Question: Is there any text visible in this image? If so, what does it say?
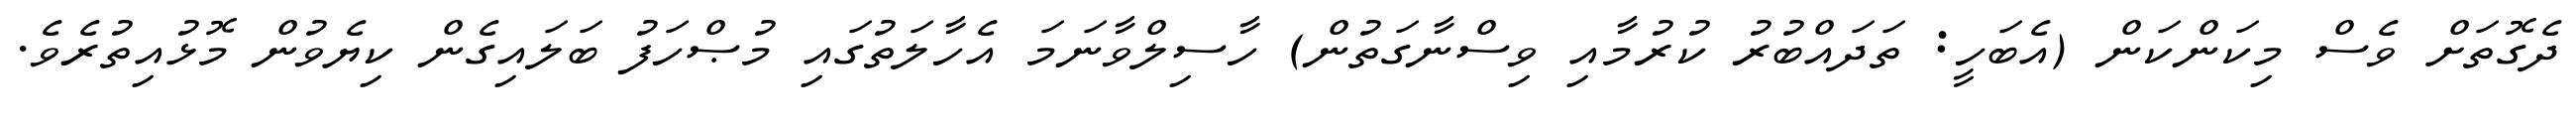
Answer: ދެގޮތަށް ވެސް މިކަންކަން (އެބަހީ: ތަދައްބުރު ކުރުމާއި ވިސްނާގަތުން) ހާސިލްވާނަމަ އެހާލަތުގައި މުޞްހަފު ބަލައިގެން ކިޔެވުން މޮޅުއިތުރެވެ.